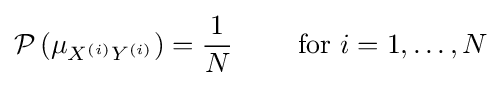
{\mathcal {P}}\left(\mu _{X^{(i)}Y^{(i)}}\right)={\frac {1}{N}}\qquad {\text{ for }}i=1,\dots ,N